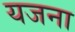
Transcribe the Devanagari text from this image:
यजना